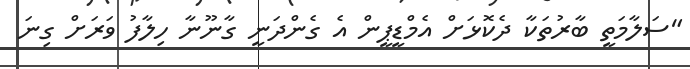
"ސަލާމަތީ ބާރުތަކާ ދެކޮޅަށް އެމްޑީޕީން އެ ގެންދަނީ ގާނޫނާ ހިލާފު ވަރަށް ގިނަ